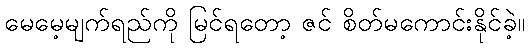
မေမေ့မျက်ရည်ကို မြင်ရတော့ ဇင် စိတ်မကောင်းနိုင်ခဲ့။